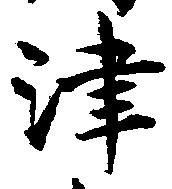
津